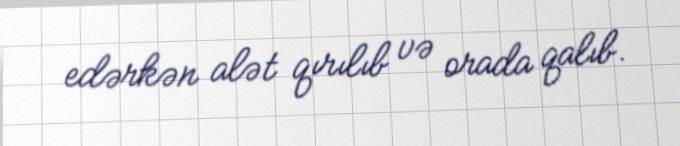
edərkən alət qırılıb və orada qalıb.